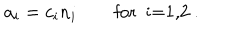
a _ { i } = c _ { i } n _ { i } \qquad \textrm { f o r i = 1 , 2 } .